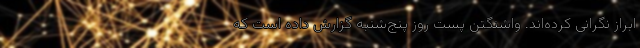
ابراز نگرانی کرده‌اند. واشنگتن پست روز پنج‌شنبه گزارش داده است که